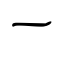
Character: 一